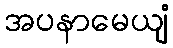
အပနာမေယျံ